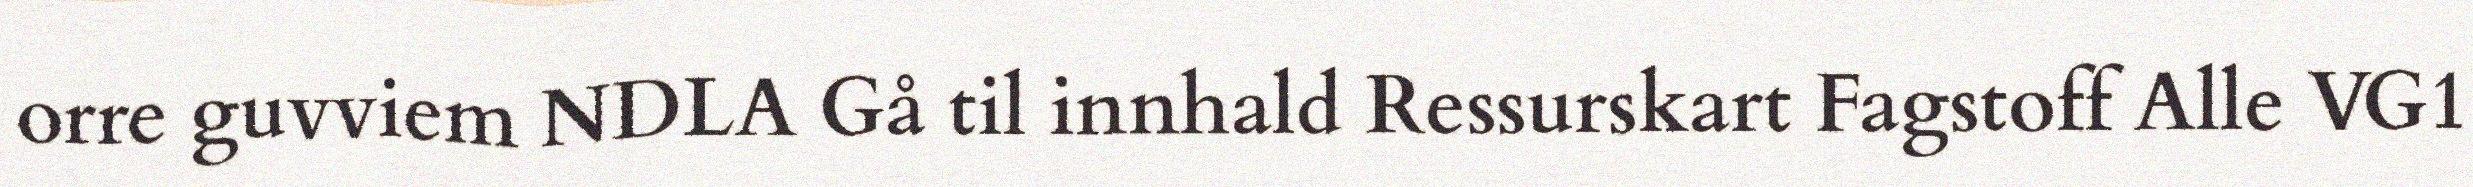
orre guvviem NDLA Gå til innhald Ressurskart Fagstoff Alle VG1